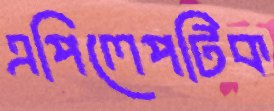
এপিলেপটিক